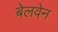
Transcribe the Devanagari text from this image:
बेलवेन